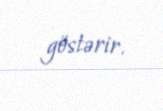
göstərir.